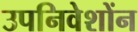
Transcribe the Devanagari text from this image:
उपनिवेशोंन